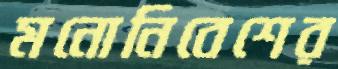
মনোনিবেশের